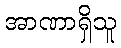
အာဏာရှိသူ